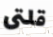
قلتى